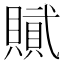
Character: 𮚞